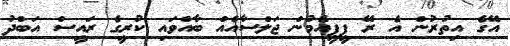
އޭގެ އިތުރުން އެ ރޭ ޕީޕީއެމުން ޖަލްސާއެއް ބާއްވައި ކުރީގެ ރައީސް އަބްދު